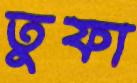
তুফা